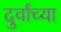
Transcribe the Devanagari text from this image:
दुर्वांच्या